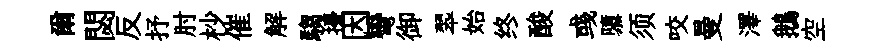
爾閟反抒肘杪催解騶擾因彎御翆始终酸彧隳须咬曼澤鵝空